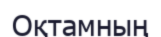
Оқтамның